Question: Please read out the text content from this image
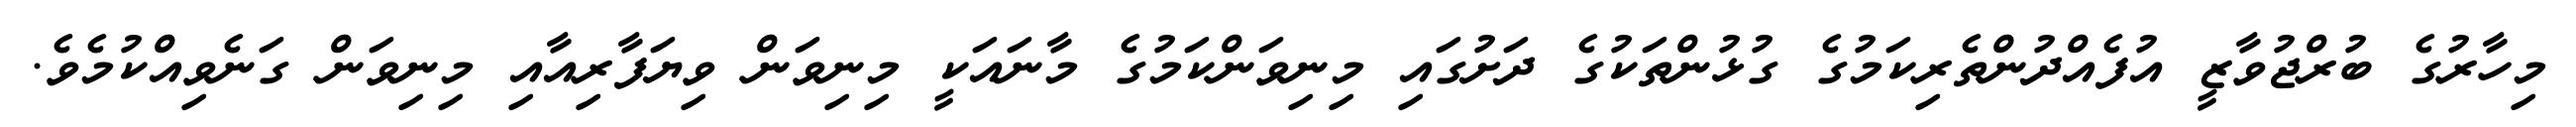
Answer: މިހާރުގެ ބުރްޖުވާޒީ އުފެއްދުންތެރިކަމުގެ ގުޅުންތަކުގެ ދަށުގައި މިނިވަންކަމުގެ މާނައަކީ މިނިވަން ވިޔަފާރިއާއި މިނިވަން ގަނެވިއްކުމެވެ.